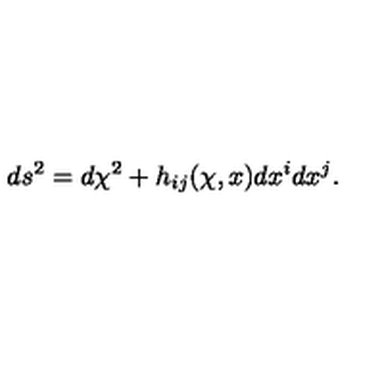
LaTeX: d s ^ { 2 } = d \chi ^ { 2 } + h _ { i j } ( \chi , x ) d x ^ { i } d x ^ { j } .